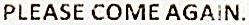
PLEASE COME AGAIN.